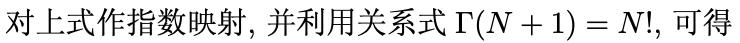
对上式作指数映射, 并利用关系式 $\Gamma(N + 1) = N!$, 可得